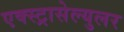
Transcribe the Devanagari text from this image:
एक्स्ट्रासेल्युलर